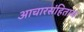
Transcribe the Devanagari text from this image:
आचारसंहिताच